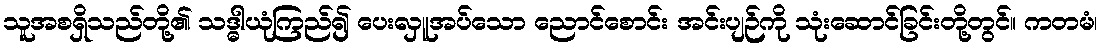
သူအစရှိသည်တို့၏ သဒ္ဓါယုံကြည်၍ ပေးလှူအပ်သော ညောင်စောင်း အင်းပျဉ်ကို သုံးဆောင်ခြင်းတို့တွင်။ ကတမံ၊